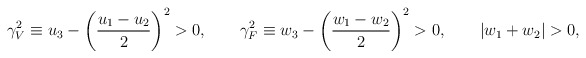
\begin{align*}\gamma_V^2\equiv u_3-\left(\frac{u_1-u_2}{2}\right)^2>0,\qquad\gamma_F^2\equiv w_3-\left(\frac{w_1-w_2}{2}\right)^2>0,\qquad\left|w_1+w_2\right| > 0, \end{align*}